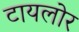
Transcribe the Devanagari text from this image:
टायलोर